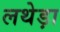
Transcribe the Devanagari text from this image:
लथेड़ा